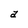
Character: a